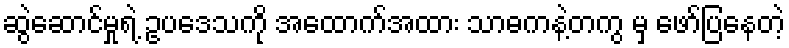
ဆွဲဆောင်မှုရဲ့ ဥပဒေသကို အထောက်အထား သာဓကနဲ့တကွ မှ ဖော်ပြနေတဲ့